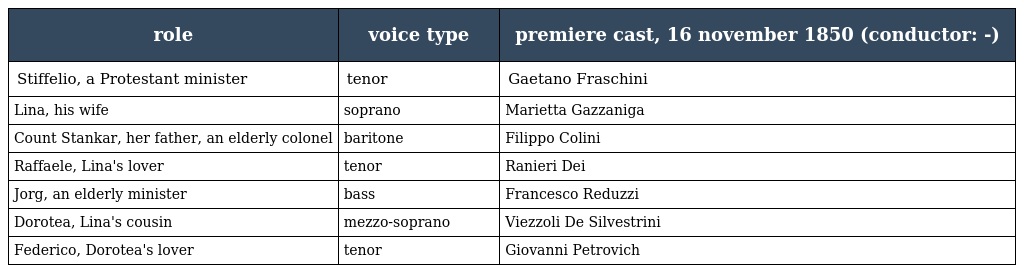
| role | voice type | premiere cast, 16 november 1850 (conductor: -) |
 | --- | --- | --- |
 | Stiffelio, a Protestant minister | tenor | Gaetano Fraschini |
 | Lina, his wife | soprano | Marietta Gazzaniga |
 | Count Stankar, her father, an elderly colonel | baritone | Filippo Colini |
 | Raffaele, Lina's lover | tenor | Ranieri Dei |
 | Jorg, an elderly minister | bass | Francesco Reduzzi |
 | Dorotea, Lina's cousin | mezzo-soprano | Viezzoli De Silvestrini |
 | Federico, Dorotea's lover | tenor | Giovanni Petrovich |